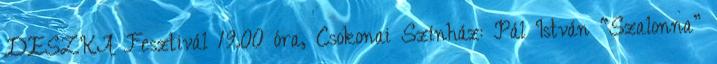
DESZKA Fesztivál 19.00 óra, Csokonai Színház: Pál István “Szalonna”